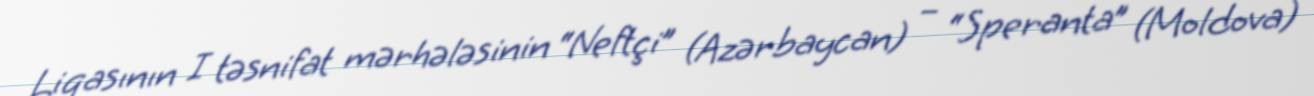
Liqasının I təsnifat mərhələsinin “Neftçi” (Azərbaycan) – “Speranta” (Moldova)